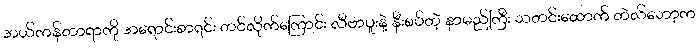
အယ်ကန်တာရာကို အရောင်းစာရင်း တင်လိုက်ကြောင်း လီဗာပူးနဲ့ နီးစပ်တဲ့ နာမည်ကြီး သတင်းထောက် တဲလ်ဘော့က